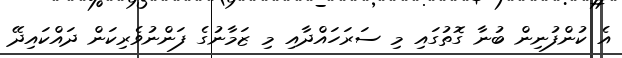
އެ ކުންފުނިން ބުނާ ގޮތުގައި މި ސަރަހައްދާއި މި ޒަމާނުގެ ފަންނުވެރިކަން ދައްކައިދޭ